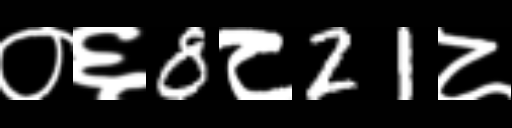
Text: ०६8८21८